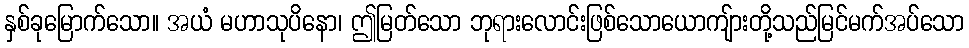
နှစ်ခုမြောက်သော။ အယံ မဟာသုပိနော၊ ဤမြတ်သော ဘုရားလောင်းဖြစ်သောယောကျ်ားတို့သည်မြင်မက်အပ်သော